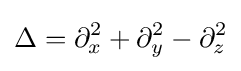
\Delta =\partial _{x}^{2}+\partial _{y}^{2}-\partial _{z}^{2}